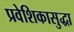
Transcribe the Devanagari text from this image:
प्रवेशिकासुद्धा